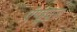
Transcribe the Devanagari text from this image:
ऍण्ड्र्यूज